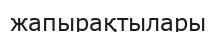
жапырақтылары